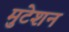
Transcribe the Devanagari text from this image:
मुटेशन